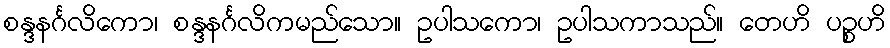
စန္ဒနင်္ဂလိကော၊ စန္ဒနင်္ဂလိကမည်သော။ ဥပါသကော၊ ဥပါသကာသည်။ တေဟိ ပဉ္စဟိ